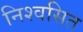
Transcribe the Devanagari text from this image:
निश्वसित